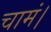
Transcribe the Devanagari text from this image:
चामं।